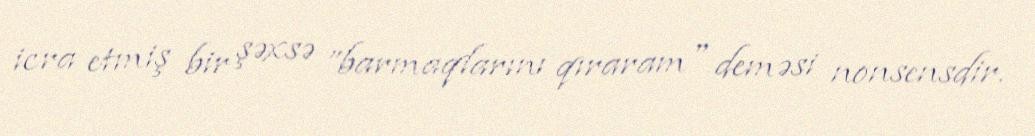
icra etmiş bir şəxsə ”barmaqlarını qıraram" deməsi nonsensdir.